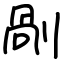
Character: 剮